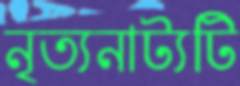
নৃত্যনাট্যটি